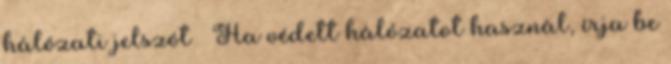
hálózati jelszót – Ha védett hálózatot használ, írja be